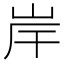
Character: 岸